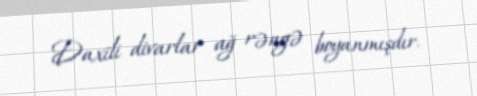
Daxili divarlar ağ rəngə boyanmışdır.